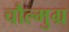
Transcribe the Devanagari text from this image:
चौल्मुग्र